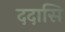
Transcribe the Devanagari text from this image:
ददासि